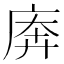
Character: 𫷱